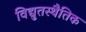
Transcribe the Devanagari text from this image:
विद्युतस्थैतिक